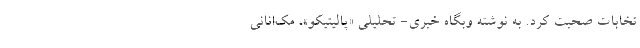
تخابات صحبت کرد. به نوشته وبگاه خبری- تحلیلی «پالیتیکو»، مک‌انانی